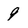
Character: 9